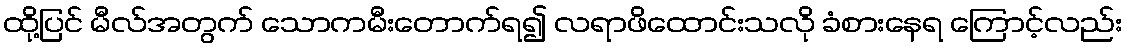
ထို့ပြင် မီလ်အတွက် သောကမီးတောက်ရ၍ လရာဖိထောင်းသလို ခံစားနေရ ကြောင့်လည်း